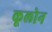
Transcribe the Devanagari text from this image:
कूलोन